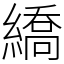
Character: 繑